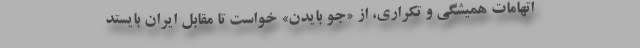
اتهامات همیشگی و تکراری، از «جو بایدن» خواست تا مقابل ایران بایستد